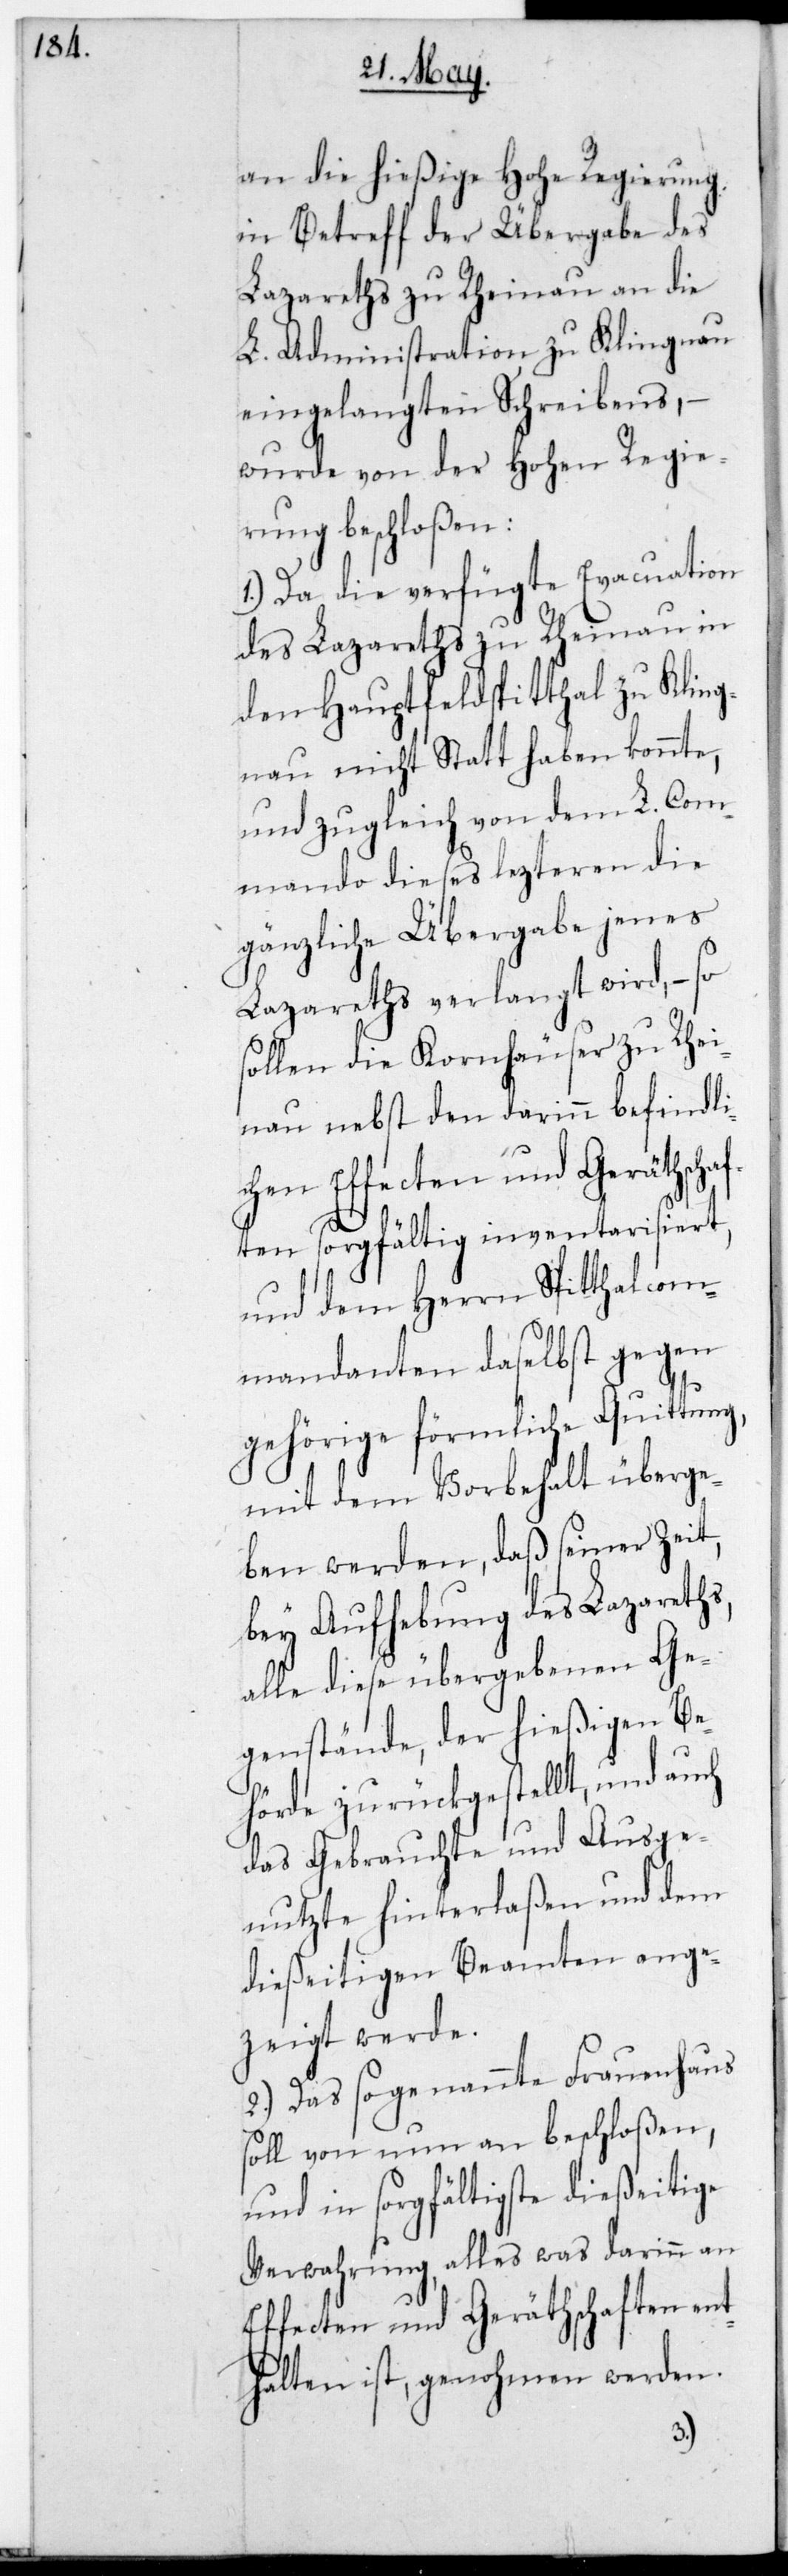
an die hießige Hohe Regierung
in Betreff der Übergabe des
Lazareths zu Rheinau an die
L. Administration zu Klingnau
eingelangten Schreibens, –
wurde von der Hohen Regie¬
rung beschloßen:
1.) Da die verfügte Evacuation
des Lazareths zu Rheinau in
den Hauptfeldspitthal zu Kling¬
nau nicht Statt haben konnte,
und zugleich von dem lobl.Com¬
mando dieses letzteren die
gänzliche Übergabe jenes
Lazareths verlangt wird, – so
sollen die Kornhäuser zu Rhei¬
nau nebst den darinn befindli¬
chen Effecten und Geräthscha¬
ften sorgfältig inventarisiert,
und dem Herrn Spitthalcom¬
mandanten daselbst gegen
gehörige förmliche Quittung,
mit dem Vorbehalt überge¬
ben werden, daß seiner Zeit,
bey Aufhebung des Lazareths,
alle diese übergebenen Ge¬
genstände der hießigen Be¬
hörde zurückgestellt, und auch
das Gebrauchte und Ausge¬
nutzte hinterlaßen und dem
dießeitigen Beamten ange¬
zeigt werde.
2.) Das sogenannte Frauenhaus
soll von nun an beschloßen,
und in sorgfältigste dießeitige
Verwahrung, alles was darinn an
Effecten und Geräthschaften ent¬
halten ist, genohmen werden.